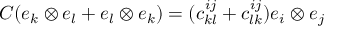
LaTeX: C ( e _ { k } \otimes e _ { l } + e _ { l } \otimes e _ { k } ) = ( c _ { k l } ^ { i j } + c _ { l k } ^ { i j } ) e _ { i } \otimes e _ { j }